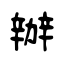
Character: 辦